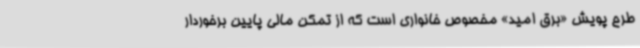
طرح پویش «برق امید» مخصوص خانواری است که از تمکن مالی پایین برخوردار